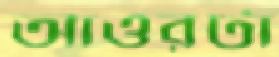
আওরটা